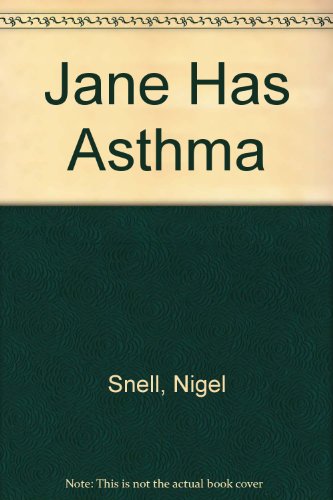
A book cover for Jane Has Asthma; Health, Fitness & Dieting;